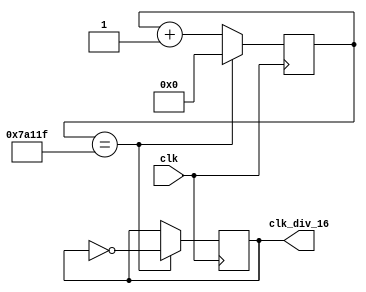
`timescale 1ns / 1ps
//////////////////////////////////////////////////////////////////////////////////
// Company: 
// Engineer: 
// 
// Design Name: 
// Module Name: clk_divider_16
// Project Name: 
// Target Devices: 
// Tool Versions: 
// Description: 
// 
// Dependencies: 
// 
// Revision:
// Revision 0.01 - File Created
// Additional Comments:
// 
//////////////////////////////////////////////////////////////////////////////////


module clk_divider_16(clk, clk_div_16);
    
input clk;
output clk_div_16;

reg clk_div_16;
reg [19:0] counter;

always@(posedge clk)
begin
            counter <= counter + 20'd1;
            if(counter == 26'd500000 - 20'd1) begin
                clk_div_16 <= ~clk_div_16;
                counter <= 20'd0;
            end
end
endmodule